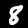
Label: 8